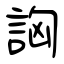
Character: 詾